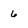
Character: 6